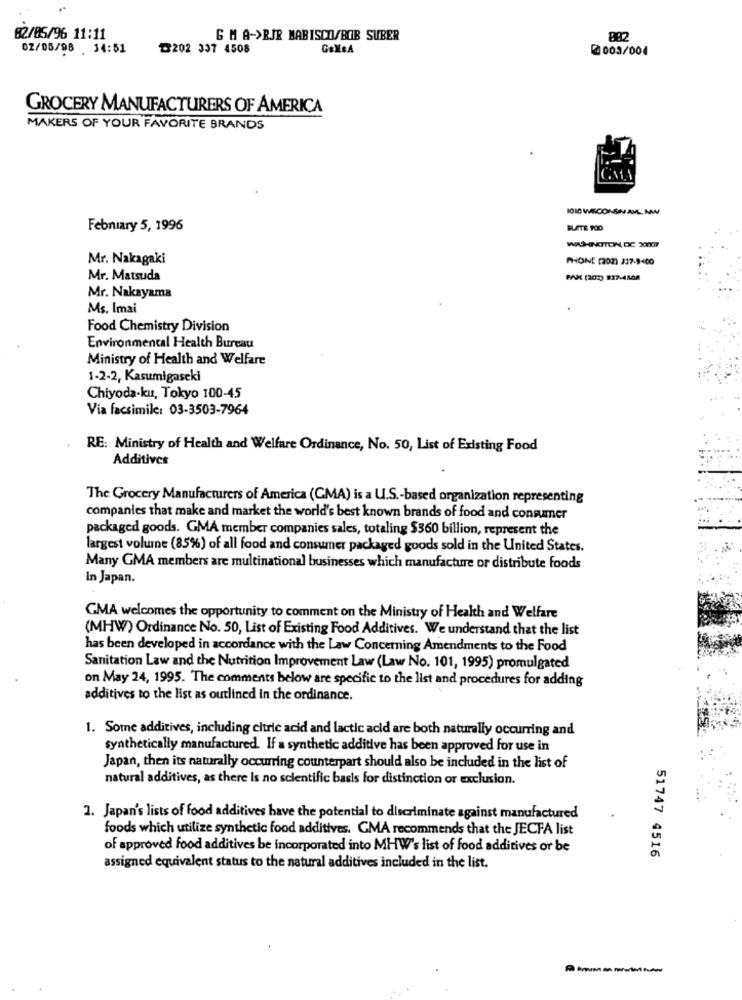
02/05/96 11:11
G MA->RIR MARISCO/BOB SUBER
02/05/98 14:51
₸202 337 4508
GaXeA
2 003/004
GROCERY MANUFACTURERS OF AMERICA
MAKERS OF YOUR FAVORITE BRANDS
1010 WECONSNAVL MM
February 5, 1996
SLATE TOO
Mr. Nakagaki
PHONE (202) 337-9400
Mr. Matsuda
PAK (207) 937-4508
Mr. Nakayama
Ms. Imai
Food Chemistry Division
Environmental Health Bureau
Ministry of Health and Welfare
1-2-2, Kasumigaseki
Chiyoda-ku, Tokyo 100-45
Via facsimile: 03-3503-7964
RE: Ministry of Health and Welfare Ordinance, No. 50, List of Existing Food
Additives
The Grocery Manufacturers of America (CMA) is a U.S .- based organization representing
companies that make and market the world's best known brands of food and consumer
packaged goods. GMA member companies sales, totaling $360 billion, represent the
largest volume (85%) of all food and consumer packaged goods sold in the United States.
Many GMA members are multinational businesses which manufacture or distribute foods
In Japan.
GMA welcomes the opportunity to comment on the Ministry of Health and Welfare
(MHW) Ordinance No. 50, List of Existing Food Additives. We understand that the list
has been developed in accordance with the Law Concerning Amendments to the Food
Sanitation Law and the Nutrition Improvement Law (Law No. 101, 1995) promulgated
on May 24, 1995. The comments below are specific to the list and procedures for adding
additives to the list as outlined in the ordinance.
1. Some additives, including citric acid and lactic acid are both naturally occurring and
synthetically manufactured. If a synthetic additive has been approved for use in
Japan, then its naturally occurring counterpart should also be included in the list of
natural additives, as there Is no scientific basis for distinction or exclusion.
1. Japan's lists of food additives have the potential to discriminate against manufactured
foods which utilize synthetic food additives. CMA recommends that the JECFA list
of approved food additives be incorporated into MHW's list of food additives or be
51747 4516
assigned equivalent status to the natural additives included in the list.